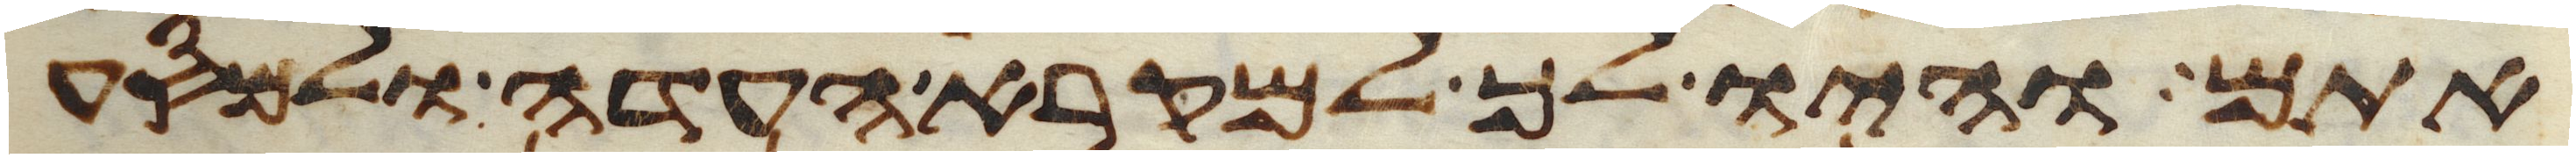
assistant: אתם והיו לך למקרא העדה ולמסע